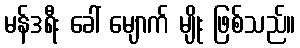
မန်ဒရီး ခေါ် မျောက် မျိုး ဖြစ်သည်။